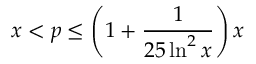
x < p \leq \left( 1 + { \frac { 1 } { 2 5 \ln ^ { 2 } { x } } } \right) x